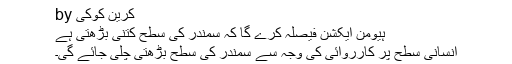
by کرین کوکی
ہیومن ایکشن فیصلہ کرے گا کہ سمندر کی سطح کتنی بڑھتی ہے
انسانی سطح پر کارروائی کی وجہ سے سمندر کی سطح بڑھتی چلی جائے گی۔